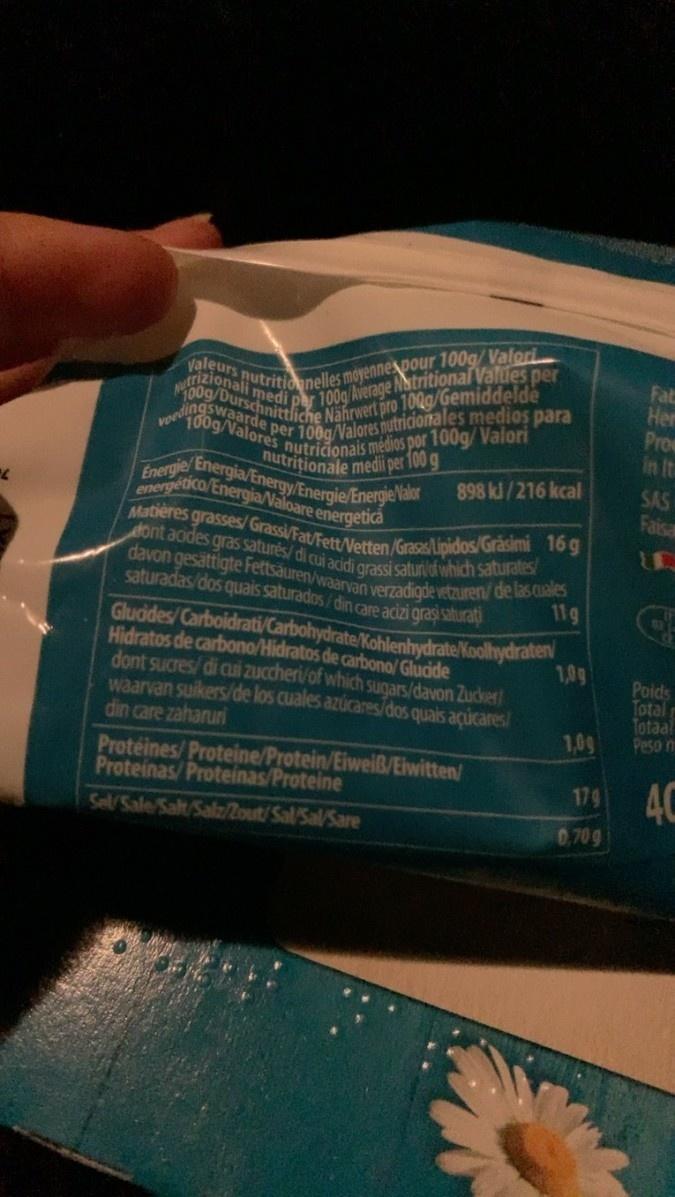
PL
Valeurs
00g/Duredi per 100g/Average Nutritional Values per nutritionnelles moyennes pour 100g/Valori voedingswaarde per 100g/Valores nutricionales medios para Durschnittliche Nährwert pro 100g/Gemiddelde 100g/Valores nutricionais médios por 100g/Valori Energie/ Energia/Energy/Energie/Energie/Valor
nutritionale medii per 100 g
energético/Energia/Valoare energetică
dont acides gras saturés/ di cui acidi grassi satur/of which saturates/ Matières grasses/Grassi/Fat/Fett/Vetten/Grasas/Lipidos/Grasimi 16 g davon gesättigte Fettsäuren/waarvan verzadigde vetzuren/de las cuales
saturadas/dos quais saturados/din care acizi graşi saturati
11g
898 kJ/216 kcal
Glucides/Carboidrati/Carbohydrate/Kohlenhydrate/Koolhydraten Hidratos de carbono/Hidratos de carbono/Glucide
dont sucres/ di cui zuccheri/of which sugars/davon Zucker/ waarvan suikers/de los cuales azúcares/dos quais açúcares/ din care zaharuri
Protéines/Proteine/Protein/Eiweiß/Eiwitten/
Proteinas/Proteinas/Proteine
Sel/Sale/Salt/Salz/Zout/Sal/Sal/Sare
1,09
1,09
179
0,709
Fat
Her
Pro
SAS
Faisa
Poids
Total
Totaal
Peso m
40